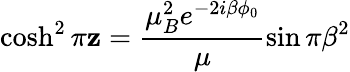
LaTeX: \cosh^{2}\pi\mathbf{z}=\frac{{\mu_{B}^{2}e^{-2i\beta\phi_{0}}}}{{\mu}}\sin\pi\beta^{2}